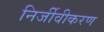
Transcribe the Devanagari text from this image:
निर्जीवीकरण